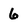
Character: 6